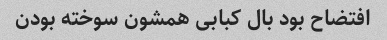
افتضاح بود بال کبابی همشون سوخته بودن